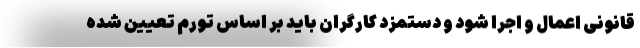
قانونی اعمال و اجرا شود و دستمزد کارگران باید بر اساس تورم تعیین شده